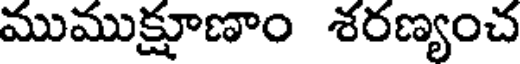
ముముక్షూణాం శరణ్యంచ